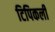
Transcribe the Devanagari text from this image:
टिपिकली